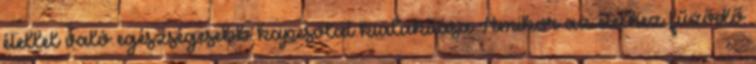
étellel való egészségesebb kapcsolat kialakítása Amikor az ételhez fűződő